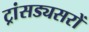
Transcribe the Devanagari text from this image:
ट्रांसड्यसरों